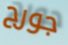
جورج